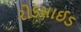
રોડસાઈડ